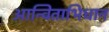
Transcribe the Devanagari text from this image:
आन्विताभिधान